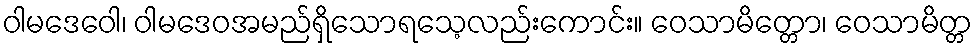
ဝါမဒေဝေါ၊ ဝါမဒေဝအမည်ရှိသောရသေ့လည်းကောင်း။ ဝေသာမိတ္တော၊ ဝေသာမိတ္တ